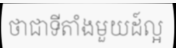
ថាជាទីតាំងមួយដ៍ល្អ